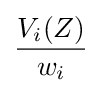
{V_{i}(Z) \over w_{i}}